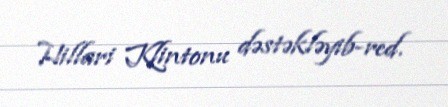
Hillari Klintonu dəstəkləyib-red.